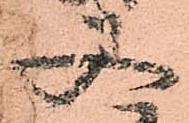
又